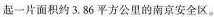
起一片面积约3.86平方公里的南京安全区。